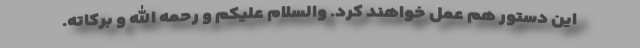
این دستور هم عمل خواهند کرد. والسلام علیکم و رحمه الله و برکاته.